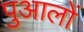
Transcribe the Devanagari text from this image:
पुआलों